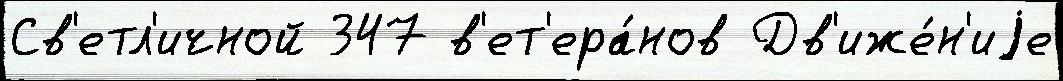
Св'етл'ичной 347 в'ет'ера́нов Дв'иже́н'иjе